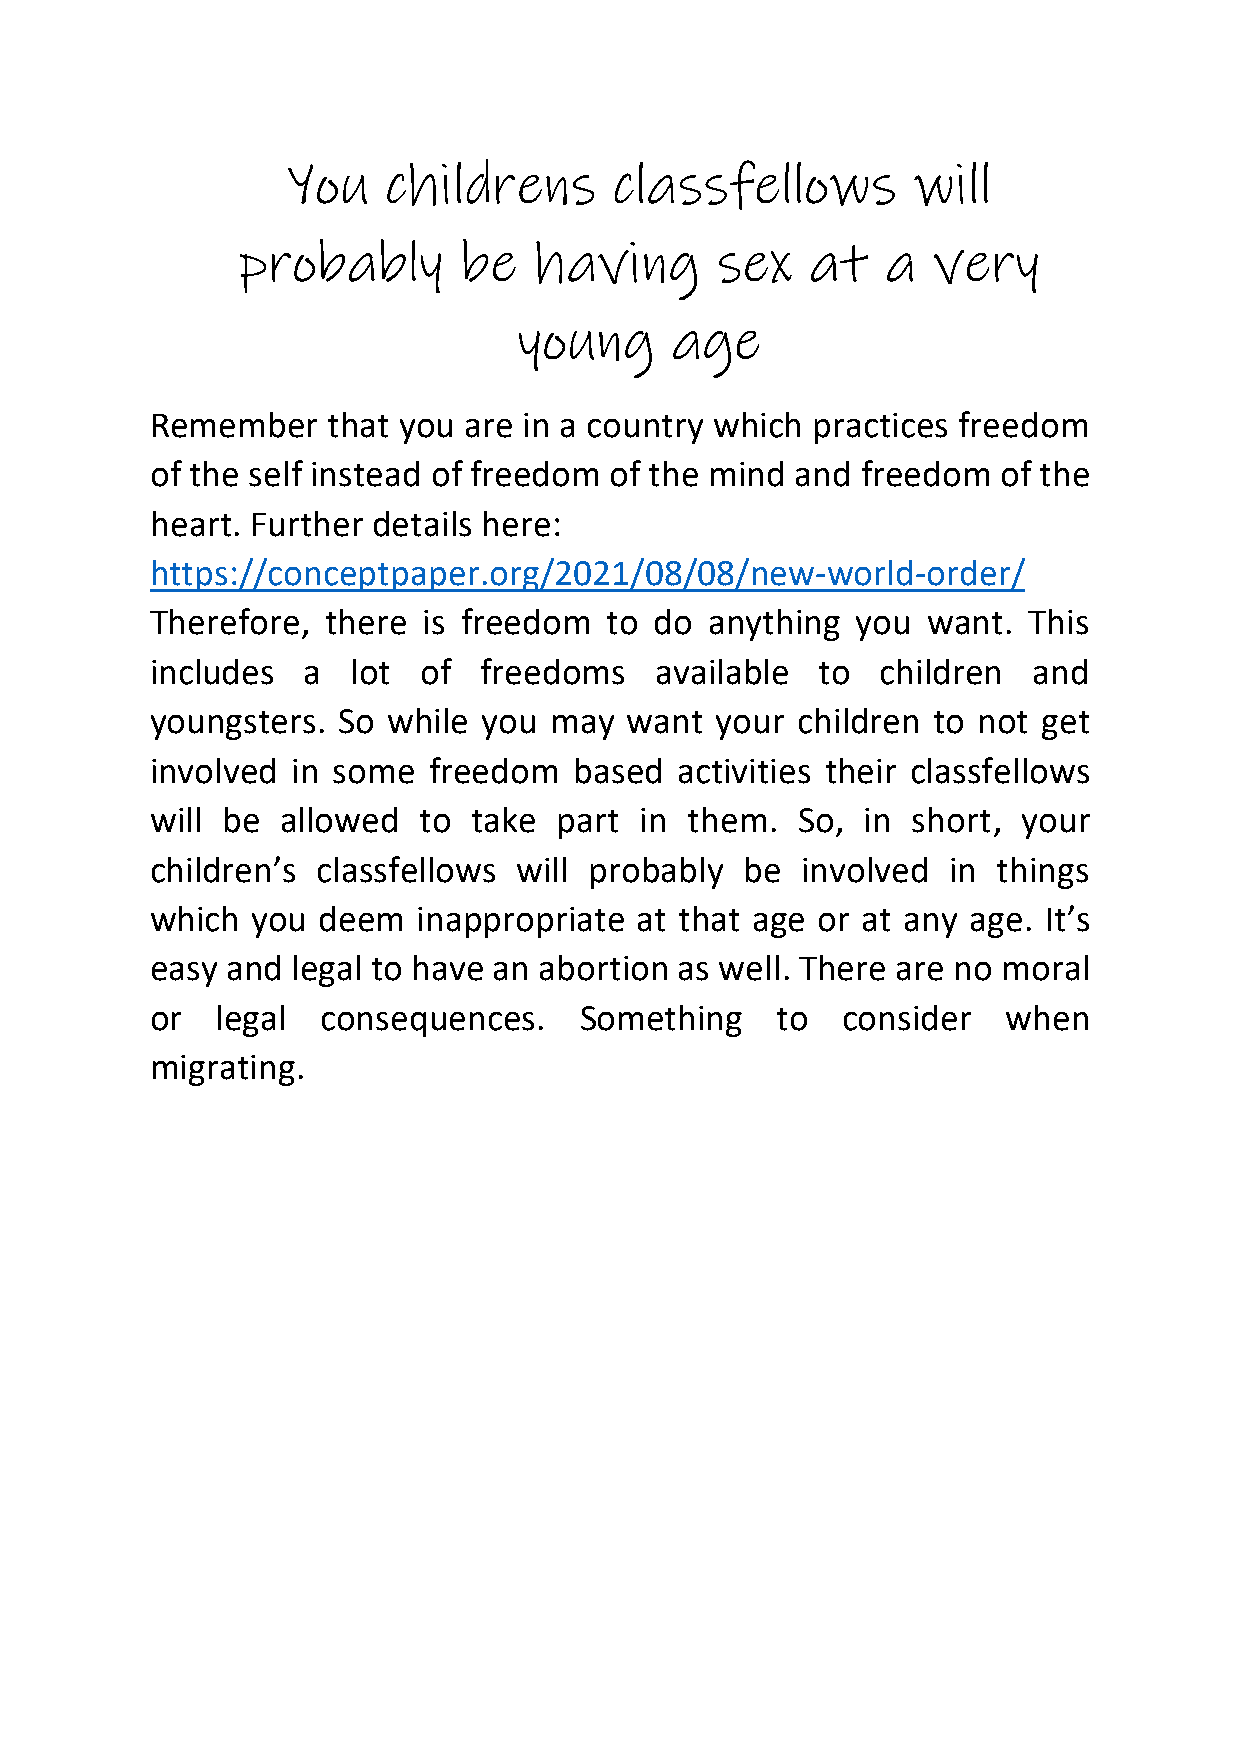
You    childrens      classfellows       will
 probably      be   having      sex    at   a  very
 young     age
 Remember    that you are in a country which practices freedom
 of the self instead of freedom of the mind and freedom  of the
 heart. Further details here:
 https://conceptpaper.org/2021/08/08/new-world-order/
 Therefore,  there is freedom  to do  anything  you want.  This
 includes  a  lot  of  freedoms   available  to  children  and
 youngsters. So  while you may   want your  children to not get
 involved in some  freedom   based  activities their classfellows
 will be  allowed  to take  part in  them.  So, in short,  your
 children’s classfellows will probably  be  involved  in things
 which  you deem   inappropriate at that age or at any age. It’s
 easy and legal to have an abortion as well. There are no moral
 or  legal  consequences.    Something    to   consider   when
 migrating.